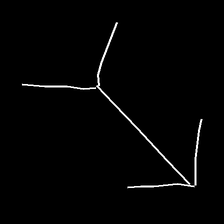
Glyph: gather